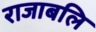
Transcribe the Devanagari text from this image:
राजाबलि